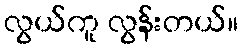
လွယ်ကူ လွန်းတယ်။